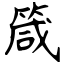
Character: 箴